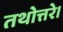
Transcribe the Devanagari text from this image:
तथोत्तरे।